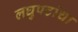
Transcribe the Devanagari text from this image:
लघुपटांचा